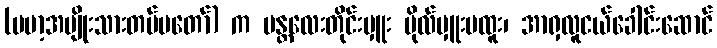
(ဗမာ့အမျိုးသားတပ်မတော်) က မန္တလေးတိုင်းမှူး ဗိုလ်မှူးဗထူး၊ အာရှလူငယ်ခေါင်းဆောင်